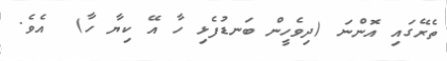
ތެރޭގައި އޮންނަ (ދިވެހީން ބަނޑުފެޅި ހާ އޭ ކިޔާ ހާ)  އެވެ.